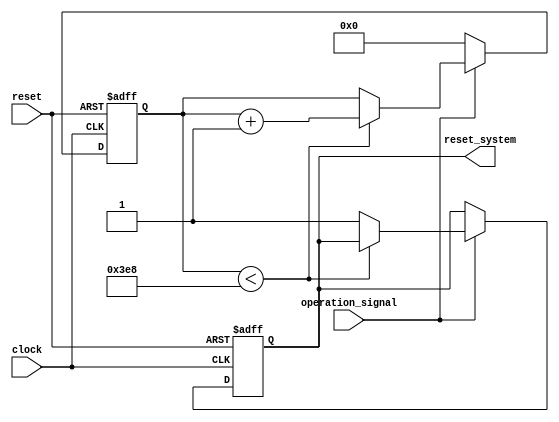
module watchdog_timer (
    input wire clock,
    input wire reset,
    input wire operation_signal,
    output wire reset_system
);

reg [31:0] operation_timer;

always @(posedge clock or posedge reset) begin
    if (reset) begin
        operation_timer <= 0;
        reset_system <= 0;
    end else begin
        if (operation_signal) begin
            if (operation_timer < 32'd1000) begin
                operation_timer <= operation_timer + 1;
            end else begin
                reset_system <= 1;
            end
        end else begin
            operation_timer <= 0;
        end
    end
end

endmodule